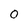
Character: 0